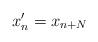
LaTeX: \begin{align*}x_n'=x_{n+N} \end{align*}